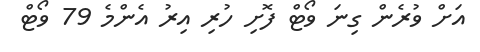
އަށް ވުރެން ގިނަ ވޯޓް ފޮށި ހުރި އިރު އެންމެ 79 ވޯޓް